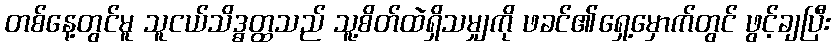
တစ်နေ့တွင်မူ သူငယ်သိဒ္ဓတ္ထသည် သူ့စိတ်ထဲရှိသမျှကို ဖခင်၏ရှေ့မှောက်တွင် ဖွင့်ချပြီး